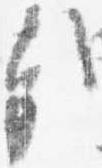
哉